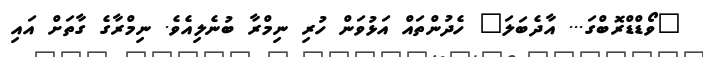
"ވޯޑްޑްރޮބްގަ... އާދެބަލަ" ހެދުންތައް އަޅުވަން ހުރި ނިމްރާ ބުނެލިއެވެ. ނިމްރާގެ ގާތަށް އައި